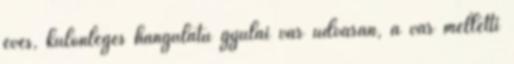
éves, különleges hangulatú gyulai vár udvarán, a vár melletti